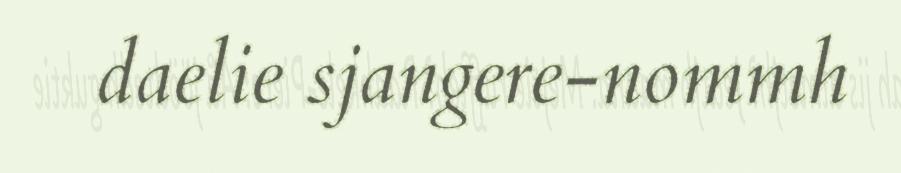
daelie sjangere-nommh